Vaccination in the Punjab 1883-1896 - 1883-1896
Year: 1883
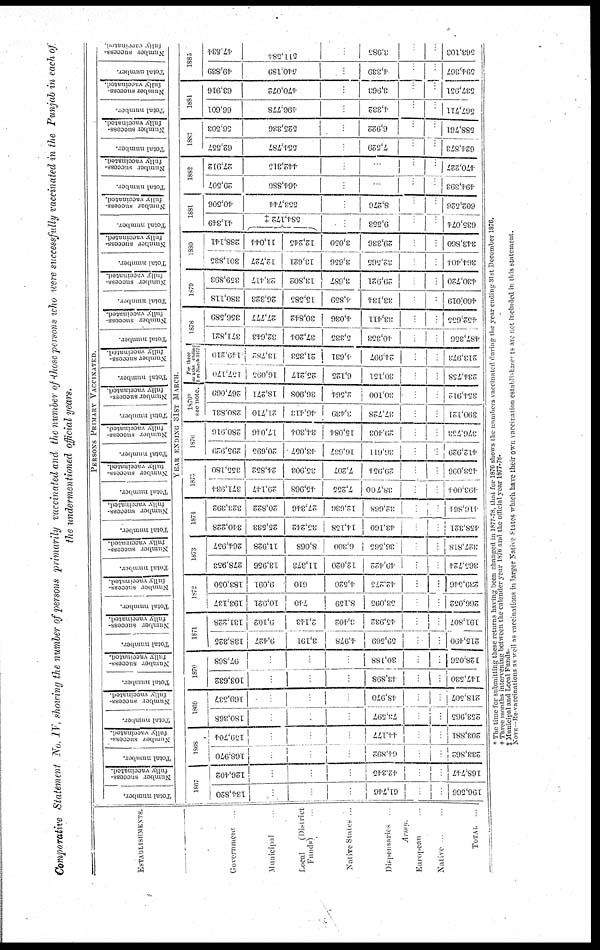
Comparative Statement No. IV, showing the number of persons primarily vaccinated and the number of those persons who were successfully vaccinated in the Punjab in each of
the undermentioned official years.
ESTABLISHMENTS.
Government ...
Municipal ...
Local
(District
Funds) ...
Native States ...
Dispensaries ...
Army.
European ...
Native
...
...
TOTAL ...
PERSONS PRIMARY VACCINATED.
Total number.
Number success-
fully vaccinated.
Total number.
Number success-
fully vaccinated.
Total number.
Number success-
fully vaccinated.
Total number.
Number success-
fully vaccinated.
Total number.
Number success-
fully vaccinated.
Total number.
Number success-
fully vaccinated.
Total number.
Number success-
fully vaccinated.
Total number.
Number success-
fully vaccinated.
Total number.
Number success-
fully vaccinated.
Total number.
Number success-
fully vaccinated.
Total number.
Number success-
fully vaccinated.
Total number.
Number success-
fully vaccinated.
Total number.
Number success-
fully vaccinated.
Total number.
Number success-
fully vaccinated.
Total number.
Number success-
fully vaccinated.
Total number.
Number success-
fully vaccinated.
Total number.
Number success-
fully vaccinated.
Total number.
Number success-
fully vaccinated.
Total number.
Number success-
fully vaccinated.
Total number.
Number success-
fully vaccinated.
YEAR ENDING 31ST MARCH.
1867
134,820
...
...
...
61,746
...
...
196,566
126,402
...
...
...
42,345
...
...
168,747
1868
168,970
...
...
...
64,892
...
...
233,862
159,704
...
...
...
44,177
...
...
203,881
1869
180,368
...
...
...
73,597
...
...
253,965
169,537
...
...
...
48,970
...
...
218,507
1870
103,632
...
...
...
43,898
...
...
147,530
97,868
...
...
...
30,188
...
...
128,056
1871
138,325
9,427
3,191
4,978
59,569
...
...
215,490
131,228
9,102
2,143
3,402
45,932
...
...
191,807
1872
193,137
10,921
740
8,159
53,095
...
...
266,052
183,050
9,091
610
4,520
42,275
...
...
239,546
1873
278,953
13,956
11,373
12,020
49,422
...
...
305,724
264,957
11,928
8,068
6,300
36,565
...
...
327,818
1874
340,228
25,533
35,242
14,158
43,160
...
...
458,321
323,392
20,822
27,346
12,636
32,668
...
...
416,864
1875
371,934
29,147
45,968
7,255
38,700
...
...
493,004
355,180
24,852
35,903
7,207
29,954
...
...
453,096
1876
295,929
20,695
43,057
16,637
36,611
...
...
412,929
280,916
17,046
34,304
15,084
29,403
...
...
376,753
1876*
see note.
280,831
21,710
46,413
3,439
37,728
...
...
390,121
267,069
18,271
36,908
2,564
30,100
...
...
354,912
For three
months ending
31st March 1877†
157,170
16,095
25,217
6,125
30,151
...
...
234,758
149,210
13,782
21,353
4,631
24,997
...
...
213,973
1878
371,821
32,643
37,204
5,335
40,353
...
...
487,356
356,589
27,777
30,842
4,036
33,411
...
...
452,655
1879
380,118
26,323
15,585
4,859
33,134
...
...
460,019
359,893
23,417
13,802
3,687
29,921
...
...
430,720
1880
301,835
12,727
13,621
3,656
32,565
...
...
364,404
288,141
11,044
12,245
3,050
29,336
...
...
343,860
1881
41,349
584,172 ‡
...
9,553
...
...
635,074
40,506
553,744
...
8,276
...
...
602,526
1882
29,507
464,886
...
...
...
...
494,393
27,912
442,315
...
...
...
...
470,227
1883
62,557
554,787
...
7,529
...
...
624, 873
56,503
525,336
...
6,922
...
...
588,761
1884
66,601
496,778
...
4,332
...
...
567,711
63,916
470,072
...
3,963
...
...
537,951
1885
49,839
540,189
...
4,339
...
...
594,367
47,534
511,584
...
3,985
...
...
563,103
* The time for submitting these returns having been changed in 1877-78, that for 1876 shows the numbers vaccinated during the year ending 31st December 1876.
† Three months intervening between the calender year 1876 and the official year 1877-78.
‡ Municipal and Local Funds.
NOTE—Re-vaccinations as well as vaccinations in larger Native States which have their own vaccination establishments are not included in this statement.